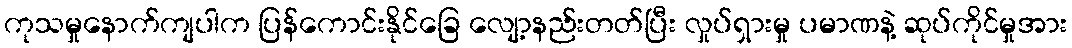
ကုသမှုနောက်ကျပါက ပြန်ကောင်းနိုင်ခြေ လျော့နည်းတတ်ပြီး လှုပ်ရှားမှု ပမာဏနဲ့ ဆုပ်ကိုင်မှုအား